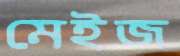
মেইজ